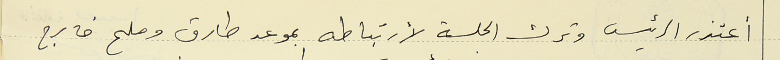
أعتذر الرئيس وترك الجلسة لأرتباطه بموعد طارق وملح خارج